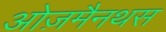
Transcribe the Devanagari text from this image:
ओज़मैनथस